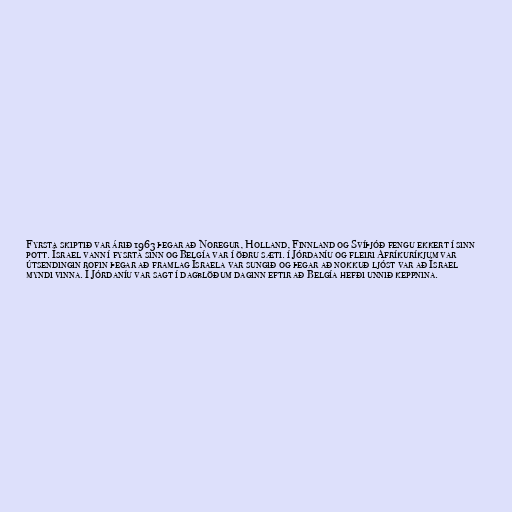
Fyrsta skiptið var árið 1963 þegar að Noregur, Holland, Finnland og Svíþjóð fengu ekkert í sinn
pott. Ísrael vann í fysrta sinn og Belgía var í öðru sæti. í Jórdaníu og fleiri Afríkuríkjum var
útsendingin rofin þegar að framlag Ísraela var sungið og þegar að nokkuð ljóst var að Ísrael
myndi vinna. Í Jórdaníu var sagt í dagblöðum daginn eftir að Belgía hefði unnið keppnina.